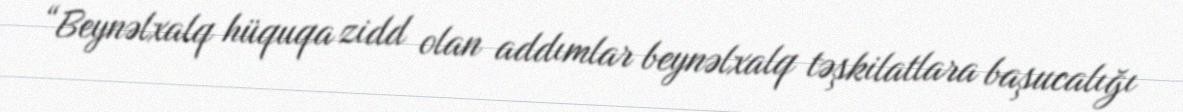
“Beynəlxalq hüquqa zidd olan addımlar beynəlxalq təşkilatlara başucalığı